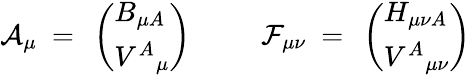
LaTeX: {\cal A}_{\mu}~=~\left(\begin{array}{l}{{B_{\mu A}}}\\ {{V^{A}{}_{\mu}}}\end{array}\right){}~~~~~~~~~~{\cal F}_{\mu\nu}~=~\left(\begin{array}{l}{{H_{\mu\nu A}}}\\ {{V^{A}{}_{\mu\nu}}}\end{array}\right)